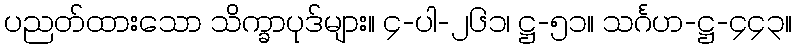
ပညတ်ထားသော သိက္ခာပုဒ်များ။ ၄-ပါ-၂၆၁၊ ဋ္ဌ-၅၁။ သင်္ဂဟ-ဋ္ဌ-၄၄၃။